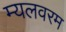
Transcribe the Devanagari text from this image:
म्यलवरम